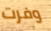
وفرت